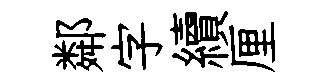
鄰字續厘